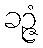
ခဉ္ဇံ